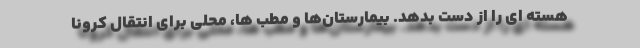
هسته ای را از دست بدهد. بیمارستان‌ها و مطب ها، محلی برای انتقال کرونا